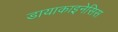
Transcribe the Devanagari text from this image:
डायाकाइनेसिस